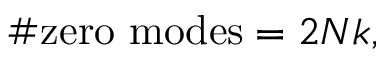
\# \mathrm { z e r o ~ m o d e s } = 2 N k ,